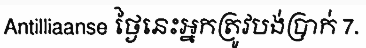
Antilliaanse ថ្ងៃនេះអ្នកត្រូវបង់ប្រាក់ 7.